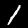
Label: 1